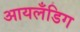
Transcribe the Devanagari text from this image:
आयलँडिग